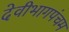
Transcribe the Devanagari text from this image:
देवीभागपंचम